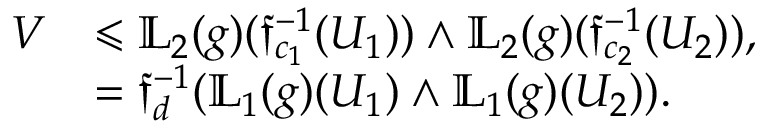
\begin{array} { r l } { V } & { \leqslant \mathbb { L } _ { 2 } ( g ) ( \mathfrak { f } _ { c _ { 1 } } ^ { - 1 } ( U _ { 1 } ) ) \land \mathbb { L } _ { 2 } ( g ) ( \mathfrak { f } _ { c _ { 2 } } ^ { - 1 } ( U _ { 2 } ) ) , } \\ & { = \mathfrak { f } _ { d } ^ { - 1 } ( \mathbb { L } _ { 1 } ( g ) ( U _ { 1 } ) \land \mathbb { L } _ { 1 } ( g ) ( U _ { 2 } ) ) . } \end{array}